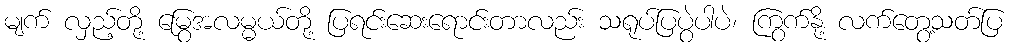
မျက် လှည့်တို့ မြွေအလမ္မယ်တို့ ပြရင်းဆေးရောင်းတာလည်း သရုပ်ပြပွဲပါပဲ၊ ကြွက်နို့ လက်တွေ့သတ်ပြ